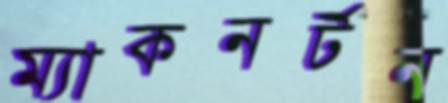
ম্যাকনর্টন